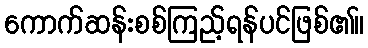
ကောက်ဆန်းစစ်ကြည့်ရန်ပင်ဖြစ်၏။